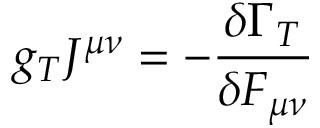
g _ { T } J ^ { \mu \nu } = - \frac { \delta \Gamma _ { T } } { \delta F _ { \mu \nu } }